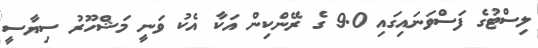
ލިސްޓުގެ ފަސްވަނައިގައި 9.0 ގެ ރޭންކިން އަކާ އެކު ވަނީ މަޝްހޫރު ސިޔާސީ